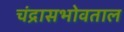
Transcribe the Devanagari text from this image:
चंद्रासभोवताल